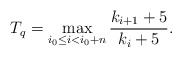
\begin{align*} T_q=\max_{i_0\leq i< i_0+n}\frac{k_{i+1}+5}{k_{i}+5}.\end{align*}